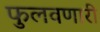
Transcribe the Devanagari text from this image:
फुलवणारी